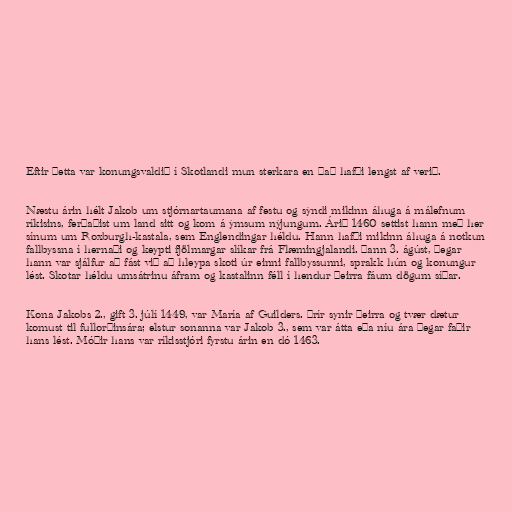
Eftir þetta var konungsvaldið í Skotlandi mun sterkara en það hafði lengst af verið.

Næstu árin hélt Jakob um stjórnartaumana af festu og sýndi mikinn áhuga á málefnum
ríkisins, ferðaðist um land sitt og kom á ýmsum nýjungum. Árið 1460 settist hann með her
sínum um Roxburgh-kastala, sem Englendingar héldu. Hann hafði mikinn áhuga á notkun
fallbyssna í hernaði og keypti fjölmargar slíkar frá Flæmingjalandi. Þann 3. ágúst, þegar
hann var sjálfur að fást við að hleypa skoti úr einni fallbyssunni, sprakk hún og konungur
lést. Skotar héldu umsátrinu áfram og kastalinn féll í hendur þeirra fáum dögum síðar.

Kona Jakobs 2., gift 3. júlí 1449, var María af Guilders. Þrír synir þeirra og tvær dætur
komust til fullorðinsára; elstur sonanna var Jakob 3., sem var átta eða níu ára þegar faðir
hans lést. Móðir hans var ríkisstjóri fyrstu árin en dó 1463.